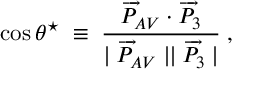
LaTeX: \cos \theta ^ { \star } \; \equiv \; \frac { \overrightarrow { P } _ { A V } \cdot \overrightarrow { P } _ { 3 } } { \mid \overrightarrow { P } _ { A V } \mid \mid \overrightarrow { P } _ { 3 } \mid } \; , \,